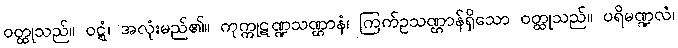
ဝတ္ထုသည်။ ဝဋ္ဋံ၊ အလုံးမည်၏။ ကုက္ကုဋဏ္ဍသဏ္ဌာနံ၊ ကြက်ဥသဏ္ဌာန်ရှိသော ဝတ္ထုသည်။ ပရိမဏ္ဍလံ၊